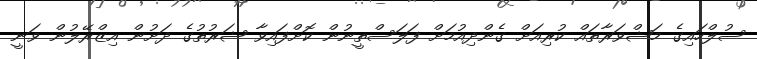
ސުލްހައިގެ މަޝްވަރާތައް ކުރިއަށް ގެންދިއުމަށް ފަލަސްތީނުން ކޮށްފައިވާ ޝަރުތުގެ ދަށުން އިޒްރޭލުން ވަނީ